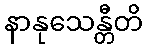
နာနုသေန္တီတိ